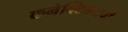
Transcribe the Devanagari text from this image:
कनेक्टिकटची